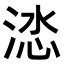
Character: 𭰽